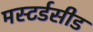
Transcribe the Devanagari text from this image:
मस्टर्डसीड